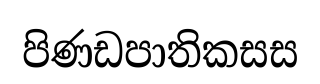
පිණඩපාතිකසස